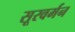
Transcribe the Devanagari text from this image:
सूरवर्मन